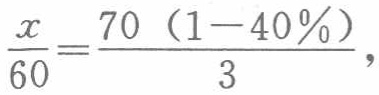
$\frac{x}{60}=\frac{70\left(1 - 40\%\right)}{3},$